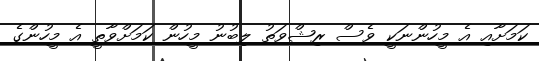
ކަމަށާއި އެ މީހުންނަކީ ވެސް ރިޝްވަތު ލިބުނު މީހުން ކަމަށްވާތީ އެ މީހުންގެ